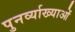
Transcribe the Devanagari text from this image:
पुनर्व्याख्याओं